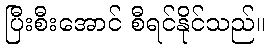
ပြီးစီးအောင် စီရင်နိုင်သည်။